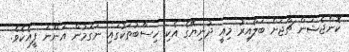
ކޮންޖެޝަން ޗާޖަށް ބަލާއިރު މިއީ ދުނިޔޭގެ އެކި ހިސާބުތަކުގައި ނަގަމުން އަންނަ ފީއެކެވެ.